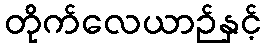
တိုက်လေယာဉ်နှင့်